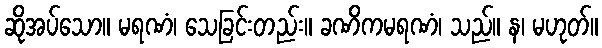
ဆိုအပ်သော။ မရဏံ၊ သေခြင်းတည်း။ ခဏိကမရဏံ၊ သည်။ န၊ မဟုတ်။